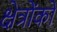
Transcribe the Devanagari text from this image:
क्षेत्रोंको